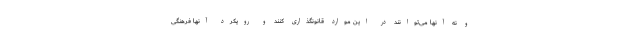
و نه آنها می‌توانند در این موارد قانونگذاری کنند و رویکرد آنها فرهنگی